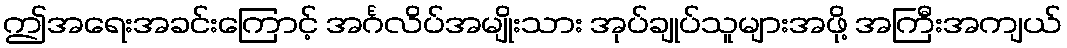
ဤအရေးအခင်းကြောင့် အင်္ဂလိပ်အမျိုးသား အုပ်ချုပ်သူများအဖို့ အကြီးအကျယ်